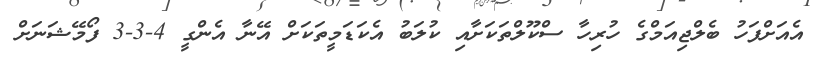
އެއަށްފަހު ބެލްޖިއަމްގެ ހުރިހާ ސްކޫލްތަކަށާއި ކުލަބު އެކަޑަމީތަކަށް އޭނާ އެންގީ 4-3-3 ފޯމޭޝަނަށް